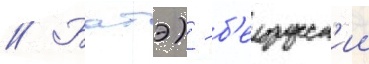
// Батэ) - б'елорусск'ии